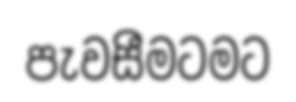
පැවසීමටමට